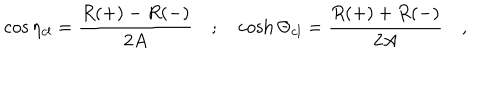
\cos \eta _ { c l } = \frac { R ( + ) - R ( - ) } { 2 A } \quad ; \quad \cosh \Theta _ { c l } = \frac { R ( + ) + R ( - ) } { 2 A } \quad ,